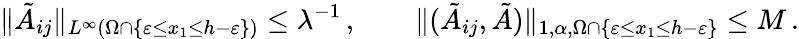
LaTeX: \| \tilde{A}_{ij}\| _{L^{\infty}(\Omega\cap\{ \varepsilon\leq x_{1}\leq h-\varepsilon\} )}\leq\lambda^{-1}\, ,\qquad\| (\tilde{A}_{ij},\tilde{A})\| _{1,\alpha,\Omega\cap\{ \varepsilon\leq x_{1}\leq h-\varepsilon\} }\leq M\, .